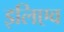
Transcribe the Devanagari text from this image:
इलिएव